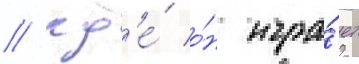
/ гд'е́ о́н игра́ет